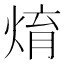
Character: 焴